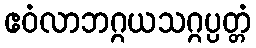
ဧဝံလာဘဂ္ဂယသဂ္ဂပ္ပတ္တံ